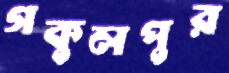
গকুলপুর